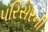
પરિસરની